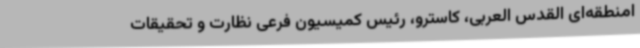
امنطقه‌ای القدس العربی، کاسترو، رئیس کمیسیون فرعی نظارت و تحقیقات